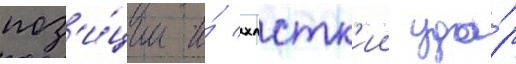
поз'и́ции и́ хлстк'ии уда́р